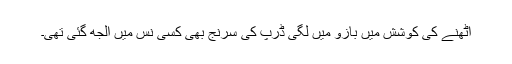
اٹھنے کی کوشش میں بازو میں لگی ڈرپ کی سرنج بھی کسی نس میں الجھ گئی تھی۔